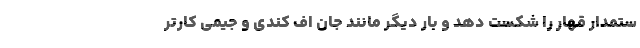
ستمدار قهار را شکست دهد و بار دیگر مانند جان اف کندی و جیمی کارتر